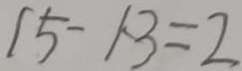
1 5 - 1 3 = 2